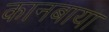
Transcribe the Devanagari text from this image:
कानबाया